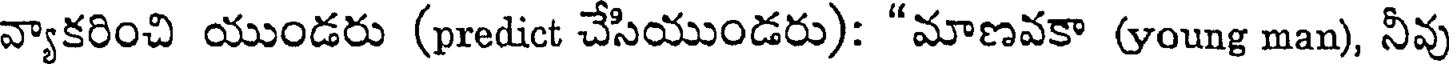
వ్యాకరించి యుండరు (predict చేసియుండరు): "మాణవకా (young man), నీవు